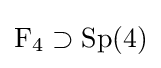
\operatorname {F} _{4}\supset \operatorname {Sp} (4)